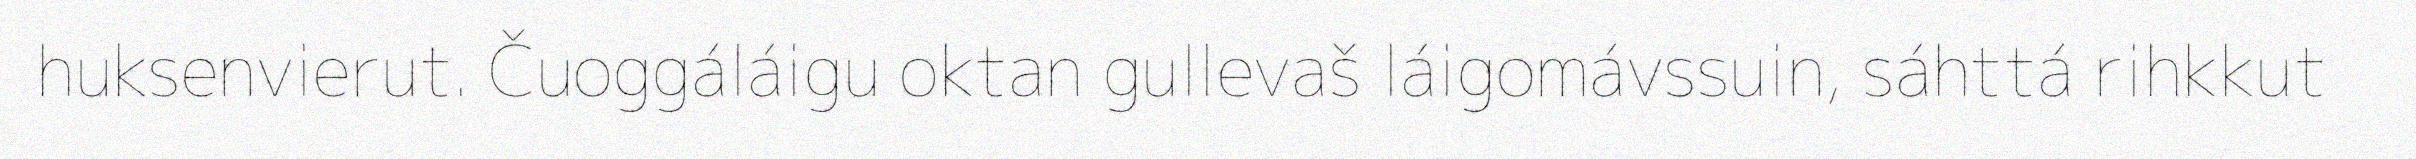
huksenvierut. Čuoggáláigu oktan gullevaš láigomávssuin, sáhttá rihkkut